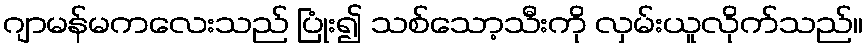
ဂျာမန်မကလေးသည် ပြုံး၍ သစ်သော့သီးကို လှမ်းယူလိုက်သည်။